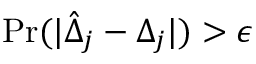
\mathrm { P r } ( | \hat { \Delta } _ { j } - { \Delta } _ { j } | ) > \epsilon